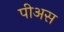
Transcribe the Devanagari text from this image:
पीअस